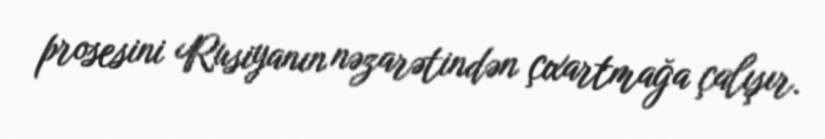
prosesini Rusiyanın nəzarətindən çıxartmağa çalışır.